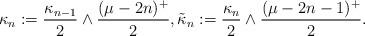
LaTeX: \begin{align*}\kappa_{n} := \frac{\kappa_{n-1}}{2} \wedge \frac{(\mu-2n)^+}{2}, \tilde{\kappa}_n := \frac{\kappa_n}{2} \wedge \frac{(\mu-2n-1)^+}{2}.\end{align*}